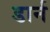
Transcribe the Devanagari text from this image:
डार्न